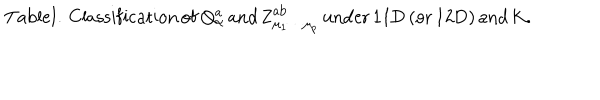
\mathrm { T a b l e I . \, C l a s s i f i c a t i o n \, o f \, } Q _ { \alpha } ^ { a } \mathrm { \, a n d \, Z } _ { \mu _ { 1 } \cdots \mu _ { p } } ^ { a b } \mathrm { \, u n d e r \, 1 1 D \, ( o r \, 1 2 D ) \, a n d \, } K \mathrm { . }